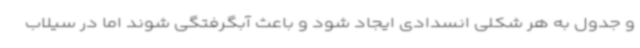
و جدول به هر شکلی انسدادی ایجاد شود و باعث آبگرفتگی شوند اما در سیلاب